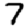
Digit: 7